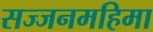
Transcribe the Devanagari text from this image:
सज्जनमहिमा